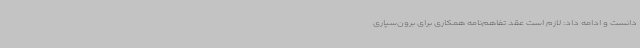
دانست و ادامه داد: لازم است عقد تفاهم‌نامه همکاری برای برون‌سپاری